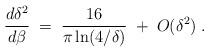
LaTeX: \begin{align*}{d\delta^2\over d\beta} \;=\; {16\over \pi \ln(4/\delta)}\;+\;O(\delta^2)\;.\end{align*}